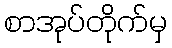
စာအုပ်တိုက်မှ